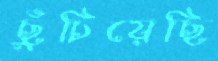
ছুঁচিয়েছি